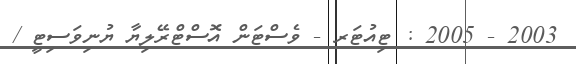
2003 - 2005 : ޓިއުޓަރ - ވެސްޓަން އޮސްޓްރޭލިޔާ ޔުނިވަސިޓީ /